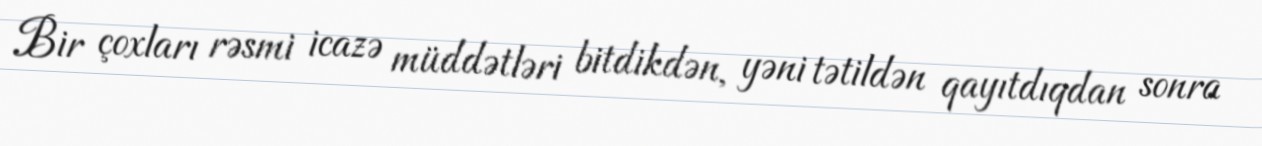
Bir çoxları rəsmi icazə müddətləri bitdikdən, yəni tətildən qayıtdıqdan sonra